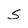
Character: S